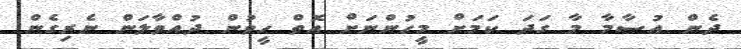
ދެން އުސާމާ މާ ގަދަ ކަމަށް މީހުންނަށް އޮތް ހީވުން ދުއްވާލަން ނެރިގެން